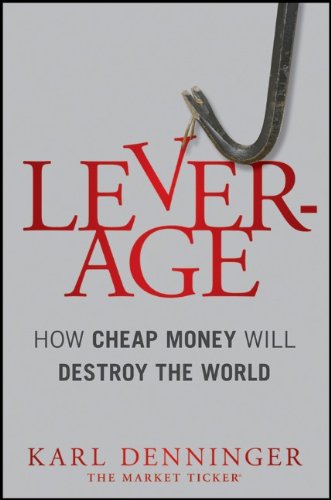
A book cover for Leverage: How Cheap Money Will Destroy the World; Karl Denninger; Business & Money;